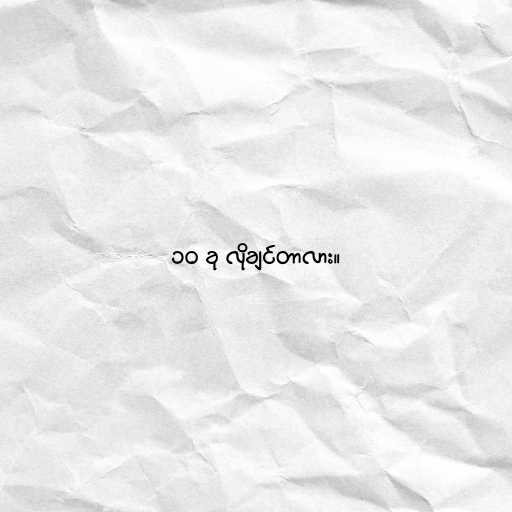
၁၀ ခု လိုချင်တာလား။